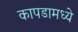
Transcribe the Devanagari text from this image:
कापडामध्ये